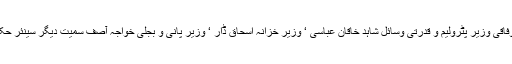
وزیر اعظم کے ہمراہ وفاقی وزیر پٹرولیم و قدرتی وسائل شاہد خاقان عباسی ‘ وزیر خزانہ اسحاق ڈار ‘ وزیر پانی و بجلی خواجہ آصف سمیت دیگر سینئر حکام بھی قطر جائیں گے۔